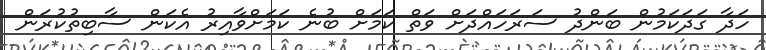
ހަދާ ގަދަކަމުން ބަންދު ސަރަހައްދަށް ވަތް ކަމަށް ބުނެ ކަމަށްވާއިރު އެކަން ސާބިތުކުރަން